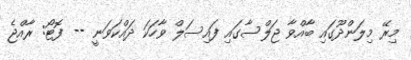
މިރޭ މިލަންދޫގައި ބާއްވާ ޖަލްސާގައި ފައިސަލް ވާހަކަ ދައްކަވަނީ -- ފޮޓޯ: ރާއްޖެ